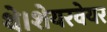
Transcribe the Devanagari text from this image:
थे।शेयरवेयर